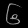
Digit: ၆